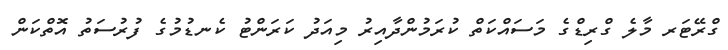
ގްރޭޓަރ މާލެ ގްރިޑްގެ މަސައްކަތް ކުރަމުންދާއިރު މިއަދު ކަރަންޓު ކެނޑުމުގެ ފުރުސަތު އޮތްކަން